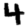
Digit: 4